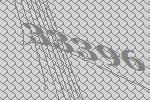
33396